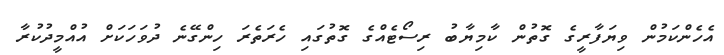
އެހެންކަމުން ވިޔަފާރީގެ ގޮތުން ކާމިޔާބު ރިސޯޓެއްގެ ގޮތުގައި ހެރަތެރަ ހިންގޭނެ ދުވަހަކަށް އުއްމީދުކުރާ